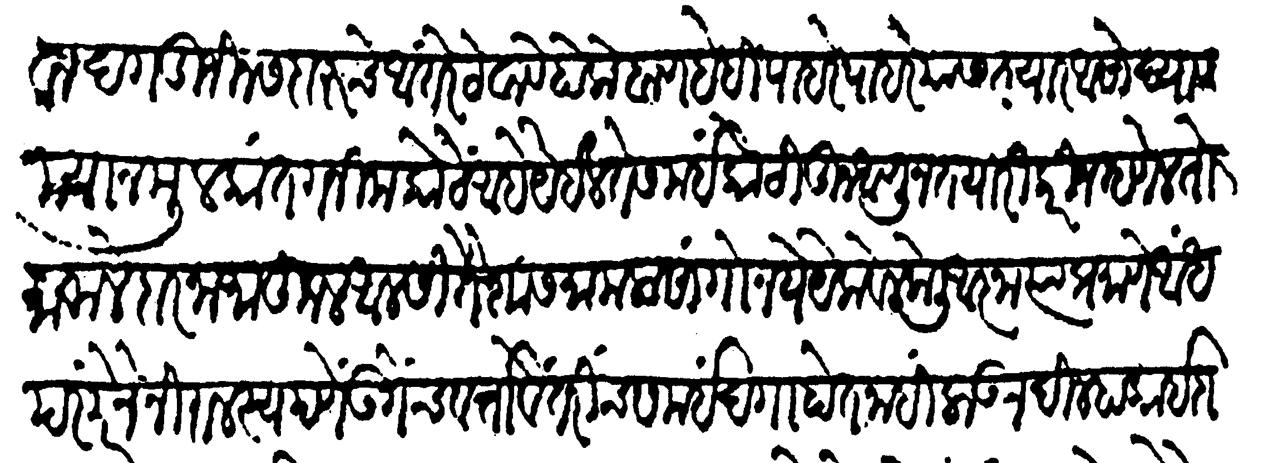
Transliteration (Devanagari): आसावा दगडी जिन्नस दारूचे आंतरें ठेवावे होके बाण हे ही पाहरे पाहरेयास तयार असों द्यावे दरम्यान मुलकात गनीम कोठे आहे येईल ते समई कोठींतून आणून तयारी करीन म्हणेल तो मामलेदार नामाकूळ आळशी तैशास मामला सांगो नये येक वेळ केली आज्ञा त्याप्रमाणे अंध परंपरेने निरालस्यपणें उगेच वर्तावे तरीच समई दगा होत नाहीं लाऊन दिल्हा काईदा